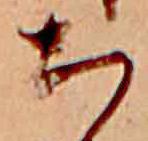
ち